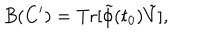
B ( C ^ { \prime } ) = \mathrm { T r } [ \tilde { \phi } ( t _ { 0 } ) \tilde { V } ] ,